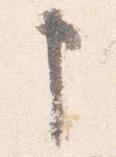
申